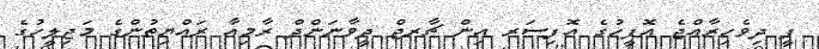
ޕީ ދިވެހިރާއްޖެ އޮފީހުގެ އޮފިސަރ އިން ޗާރޖް ދީވާނަންދް ރާމިއާ ރައްޔިތުންގެ މަޖިލީހުގެ